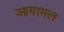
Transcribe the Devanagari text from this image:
आयामल